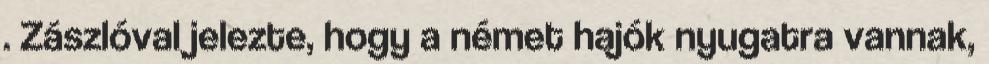
. Zászlóval jelezte, hogy a német hajók nyugatra vannak,